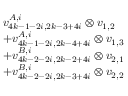
\begin{array} { r l } & { v _ { 4 k - 1 - 2 i , 2 k - 3 + 4 i } ^ { A , i } \otimes v _ { 1 , 2 } } \\ & { + v _ { 4 k - 1 - 2 i , 2 k - 4 + 4 i } ^ { A , i } \otimes v _ { 1 , 3 } } \\ & { + v _ { 4 k - 2 - 2 i , 2 k - 2 + 4 i } ^ { B , i } \otimes v _ { 2 , 1 } } \\ & { + v _ { 4 k - 2 - 2 i , 2 k - 3 + 4 i } ^ { B , i } \otimes v _ { 2 , 2 } } \end{array}